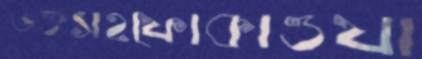
ভক্তসহফোকাওযা